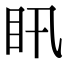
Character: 𥃴